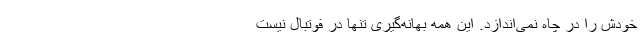
خودش را در چاه نمی‌اندازد. این همه بهانه‌گیری تنها در فوتبال نیست